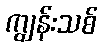
ကျွန်းသစ်